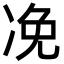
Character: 凂